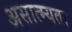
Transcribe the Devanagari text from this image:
असात्म्यता